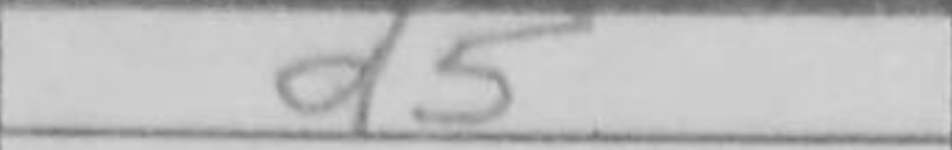
Transcription: d5